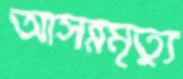
আসন্নমৃত্যু